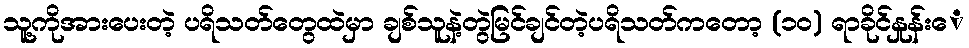
သူ့ကိုအားပေးတဲ့ ပရိသတ်တွေထဲမှာ ချစ်သူနဲ့တွဲမြင်ချင်တဲ့ပရိသတ်ကတော့ (၁၀) ရာခိုင်နှုန်းေ